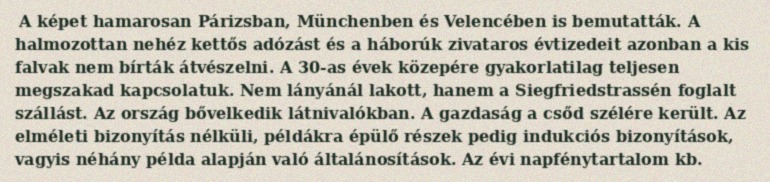
A képet hamarosan Párizsban, Münchenben és Velencében is bemutatták. A halmozottan nehéz kettős adózást és a háborúk zivataros évtizedeit azonban a kis falvak nem bírták átvészelni. A 30-as évek közepére gyakorlatilag teljesen megszakad kapcsolatuk. Nem lányánál lakott, hanem a Siegfriedstrassén foglalt szállást. Az ország bővelkedik látnivalókban. A gazdaság a csőd szélére került. Az elméleti bizonyítás nélküli, példákra épülő részek pedig indukciós bizonyítások, vagyis néhány példa alapján való általánosítások. Az évi napfénytartalom kb.